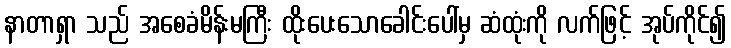
နာတာရှာ သည် အစေခံမိန်းမကြီး ထိုးပေးသောခေါင်းပေါ်မှ ဆံထုံးကို လက်ဖြင့် အုပ်ကိုင်၍